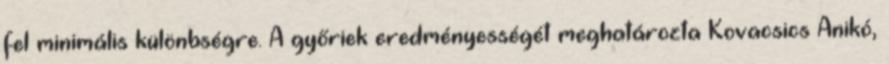
fel minimális különbségre. A győriek eredményességét meghatározta Kovacsics Anikó,